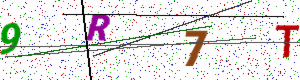
Text: 9R7T